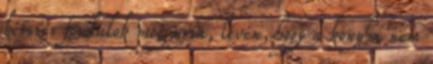
kétszer fordulok meg arra, lévén, hogy a konyha nem